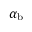
\alpha _ { \mathrm { b } }